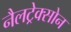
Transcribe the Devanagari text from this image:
नैलट्रेक्सोन